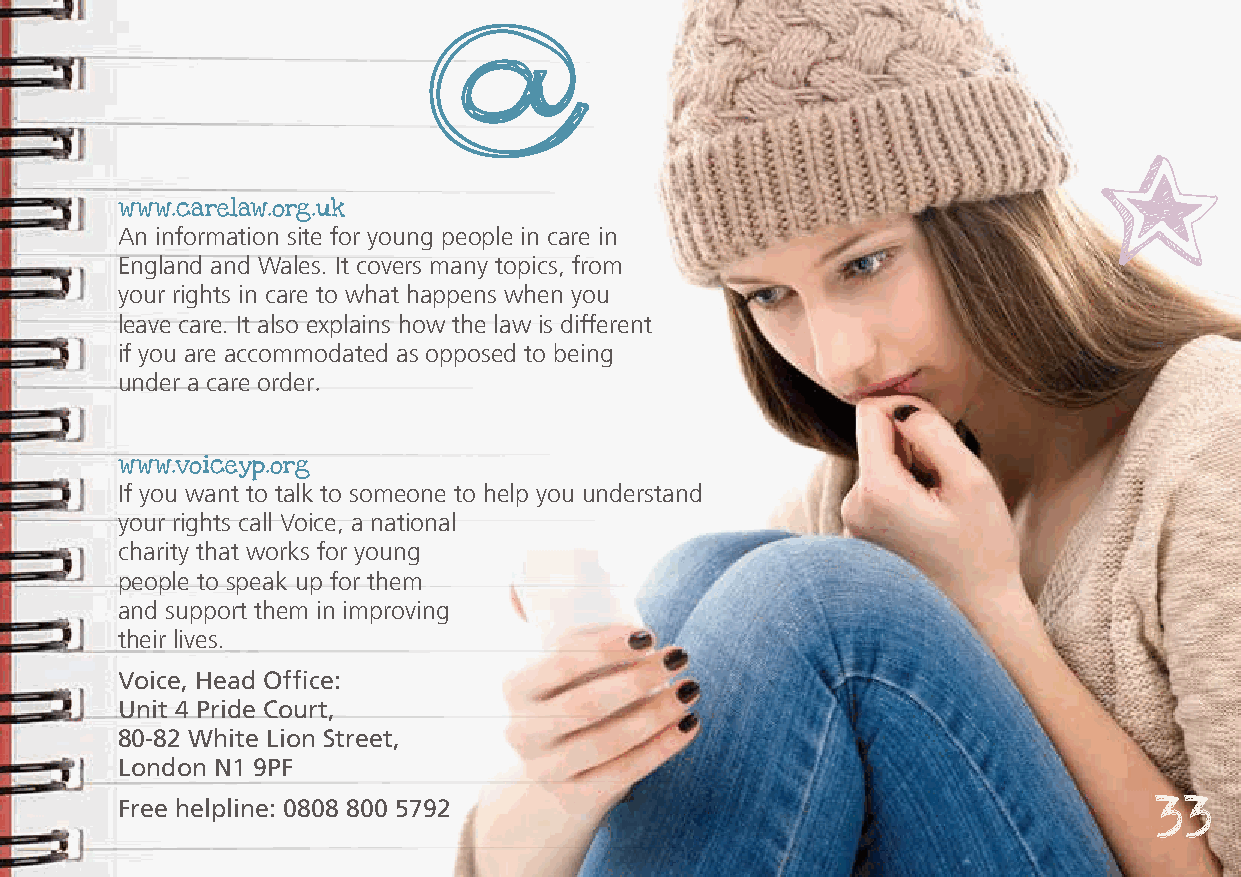
www.carelaw.org.uk
 An information site for young people in care in
 England and Wales. It covers many topics, from
 your rights in care to what happens when you
 leave care. It also explains how the law is different
 if you are accommodated as opposed to being
 under a care order
 .
 www.voiceyp.org
 If you want to talk to someone to help you understand
 your rights call Voice, a national
 charity that works for young
 people to speak up for them
 and support them in improving
 their lives.
 Voice, Head Office:
 Unit 4 Pride Court,
 80-82 White Lion Street,
 London N1 9PF
 Free helpline: 0808 800 5792
 33